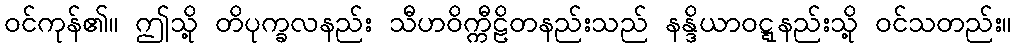
ဝင်ကုန်၏။ ဤသို့ တိပုက္ခလနည်း သီဟဝိက္ကီဠိတနည်းသည် နန္ဒိယာဝဋ္ဋနည်းသို့ ဝင်သတည်း။